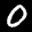
Label: 0